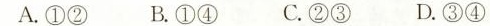
A.①② B.①④ C.②③ D.③④